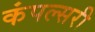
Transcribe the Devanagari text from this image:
कंपल्सरी